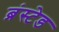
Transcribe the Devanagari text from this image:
ब्रंस्टेड